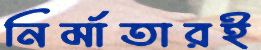
নির্মাতারই